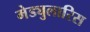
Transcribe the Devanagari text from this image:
मेड्युलारिस